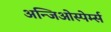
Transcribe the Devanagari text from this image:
अन्जिओस्पेर्म्स